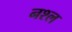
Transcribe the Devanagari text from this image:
नश्ल